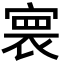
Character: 𡩲